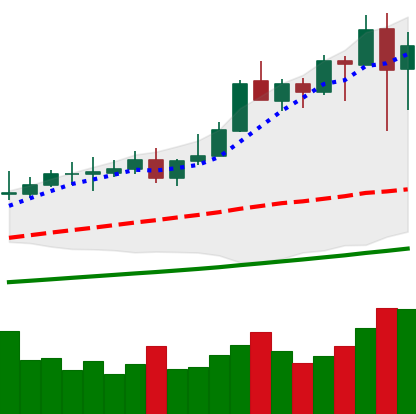
Ticker: XMR-USD
Chart end date: 2021-04-19
Forward return: 6.996%
Label: up_5_7